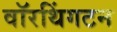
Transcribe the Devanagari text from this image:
वॉरथिंगटन